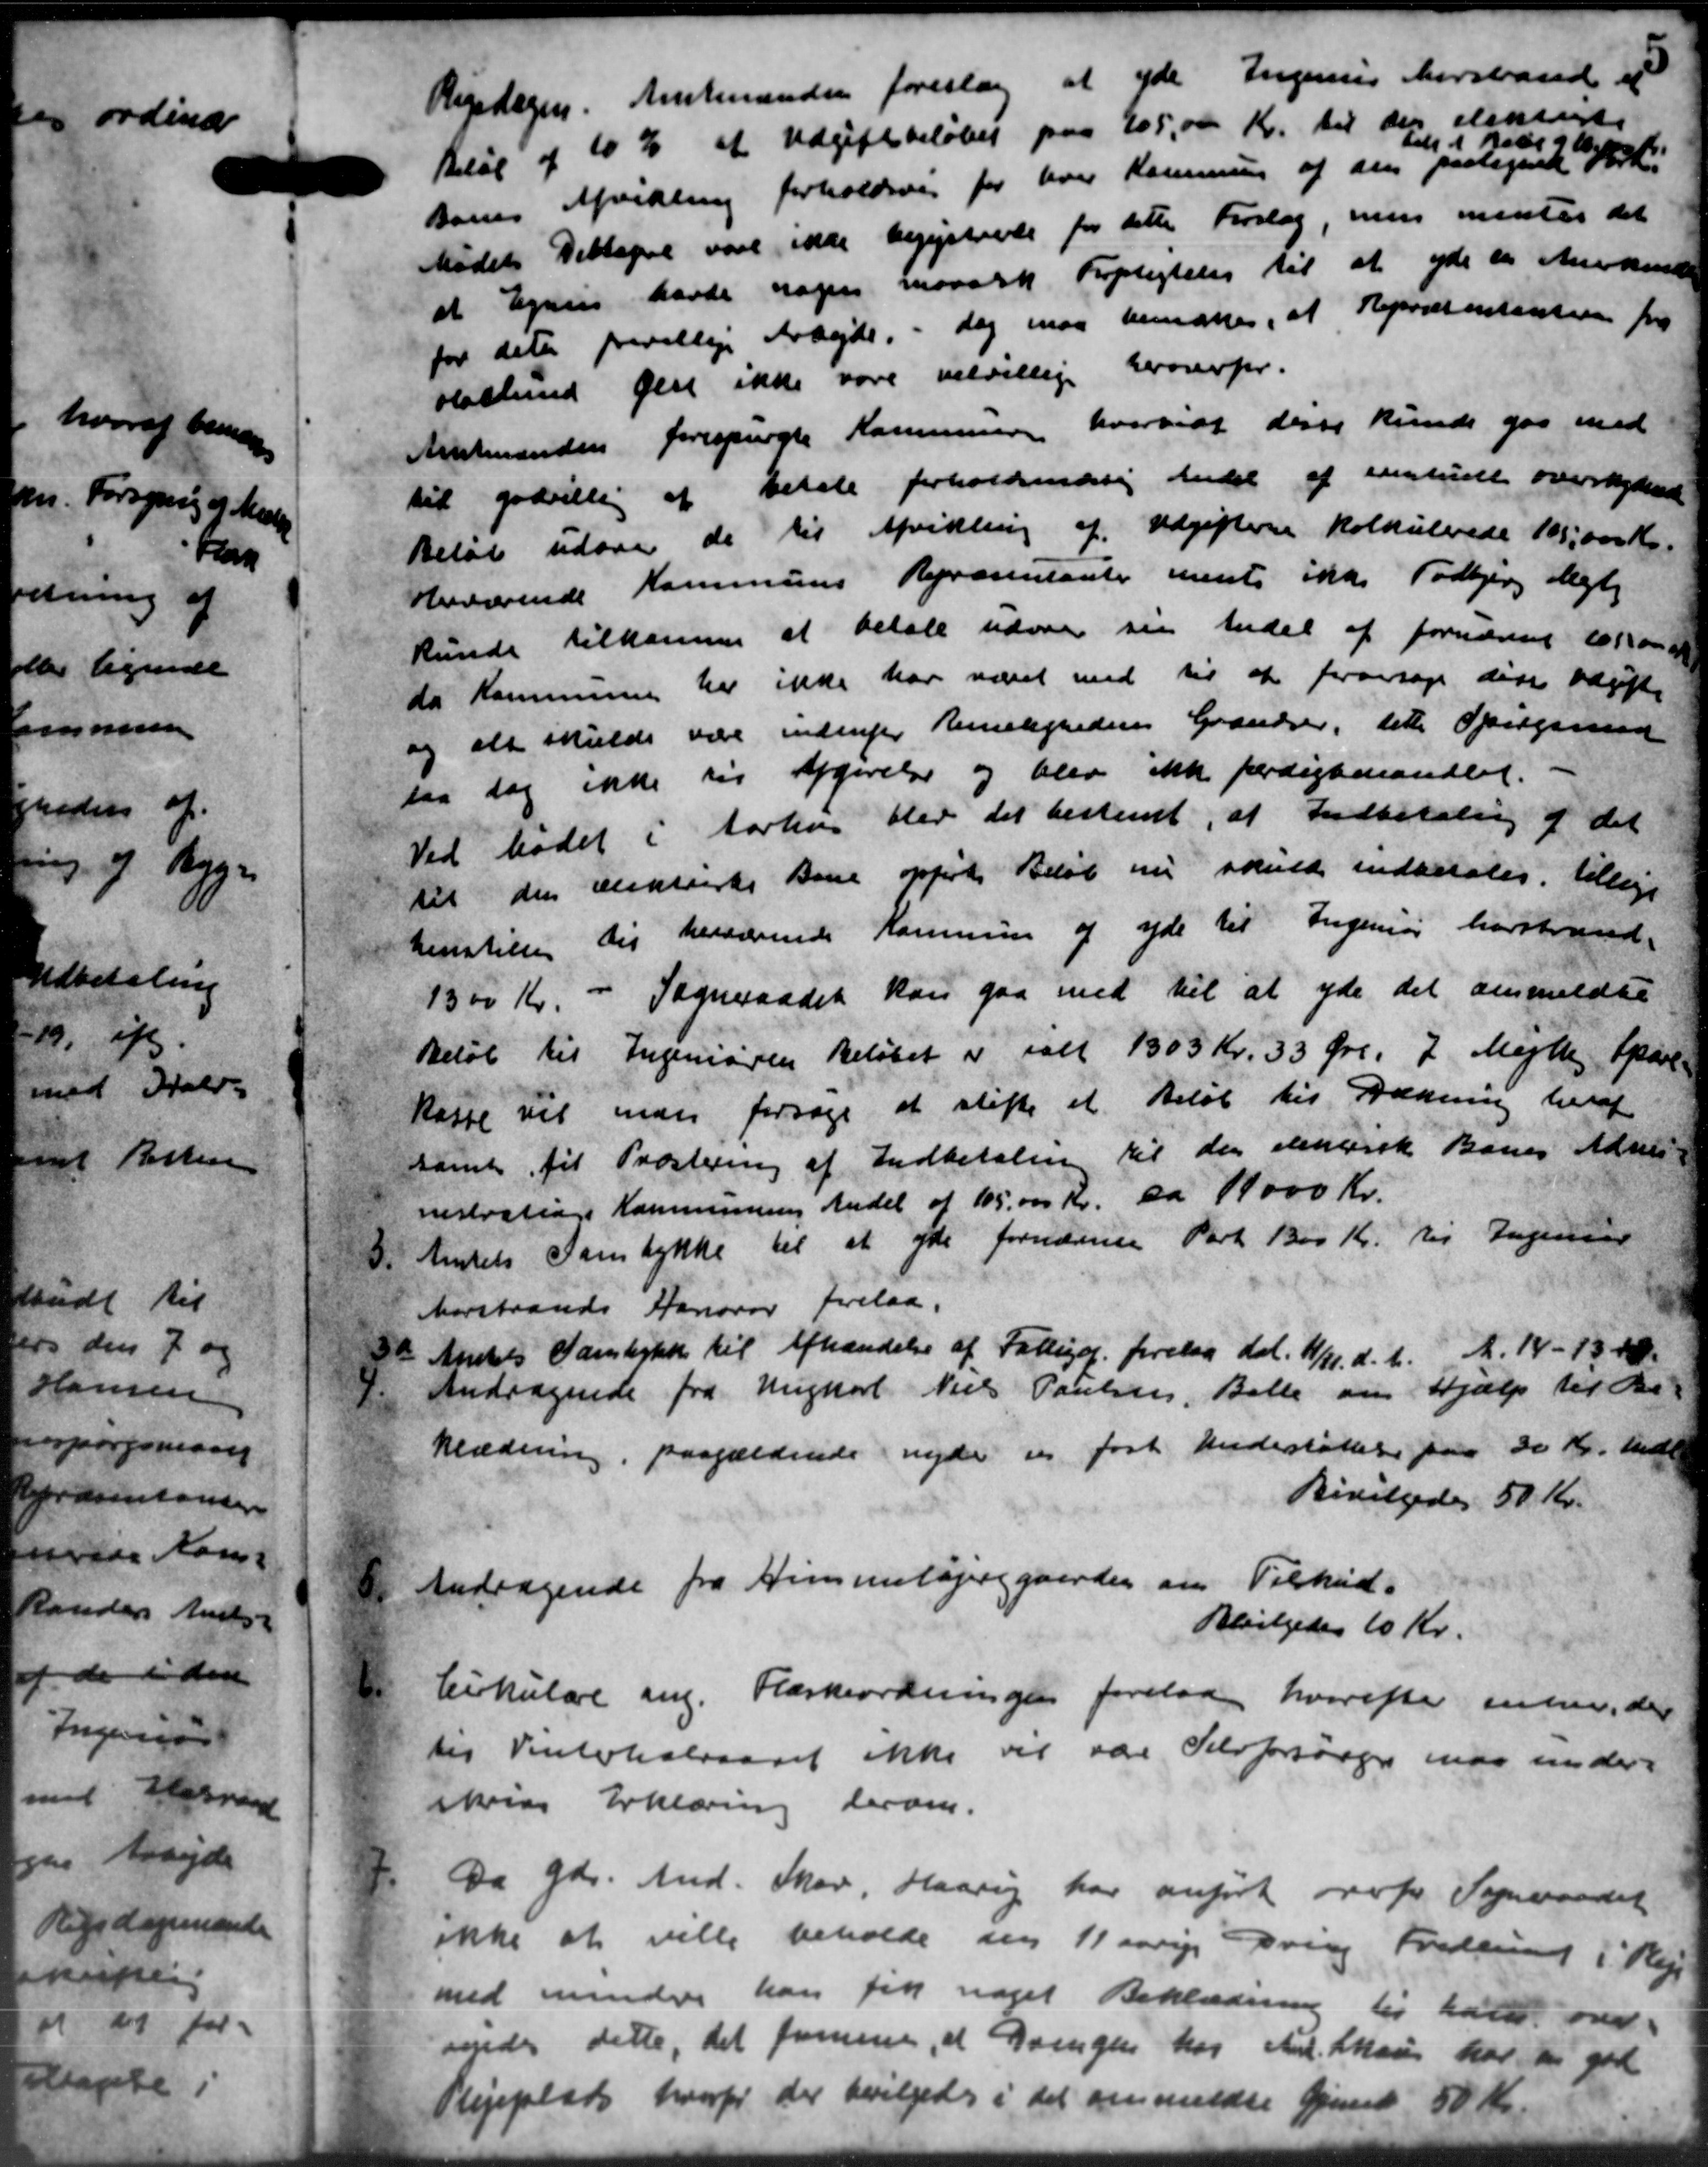
Transskription:
Rigsdagen. Amtmanden foreslog at yde Ingenies herstand at
Beløb af 10 % af Udgiftsbeløbet paa 205,000 Kr. til den elskendte
Dorns Afvilling forholdsvig for hver Kommunen af den paategnet Vordi
Aab 91 2
Mødet Deltage vare ikke begistende for dette Forslag, men mentes det
at Egnes havde nogen maansk Forpligtelse til at yde en Anerkende
for dets frivillige Arbejde, - dog maa bemærkes, at Repræsentanten fra
slaslund gene ikke vare velvillige heroverfor.
Amtmænden forespurgte Kommunen hvorvidt disse kunde gaa med
til godvillig at betale forholdsmæssig andel af entuelt overskyldende
Beløb udover de til Afvikling af Udgifterne kolkulerede 100,000 Kr.
beværende Kommunes Repræsentanter mente ikke Todbjerg Mejlby
kunde tilkomme at betale udover sin Andel af fornævnte lokom
da Kommunen har ikke har været med til at foransøge disse udgifte
og alt skulde være indenfor Remekgredens Grændser, til Spiegsmød
saa dog ikke sig Afgivelse og blev ikke færdigbmandlet.
Ved Mødet i Aarhus blev det bestemt, at Indbetaling af det
til den ansassiske Barne opførte Beløb nu skulde indbetales, tillige
henstillen til herværende Kommunen og yde til Ingeniør herstrand-
1300 Kr. - Sogneraadet kan gaa med til at yde det anmeldte
Beløb til Ingeniøren Beløbet er ialt 1305 Kr. 33 Øre. 2 Mejlby Spare
kasse vil man forsøge at stifte et Beløb til Dækning heraf
samt til Præstering af Indbetaling til den dentisk Banes Adres-
nestralinge Kommunens Andel af 105.000 Kr. da 19000 Kr.
3.
Amtets Samtykke til at yde fornævnte Part 1300 Kr. til Ingeniør
Morstrands Hanover forelaa,
a Amtets Samtykke til Afhændelse af Fattige forelaa dal. 11/11 d. A. A. 14 - 13 - 48.
4.
Andragende fra Ungkarl Niels Poulsen, Balle om Hjælp til de
klædering, paagældende nyde en fast Understøttelse paa 30 Kr. Mndl
Bevilgedes 50 Kr.
Andragende fra Nimmelbjerggaarden om Tilskud.
Andragende fra Nimmelbjerggaarden om Tilskud.
Bevilgedes 10 Kr.

Cirkulære ang. Flæskeordningen forelaa hvorefter inter, der
til Vinterhalvaaret ikke vil være Selvforsørger ende under-
skrive Erklæring derom.

Da Gdr. And. Skov, Haarup har anført overfor Sogneraadet
ikke at ville beholde den 11 aarige Dring Fredering i Pleje
med mindre kan fik noget Beklædning til hold over
vender dette, det fremmere, at Drengen hos And. Man har til god
Plejeplads hvorfor der bevilgedes i det anmeldte Gjent 50 Kr.